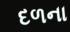
દળના